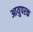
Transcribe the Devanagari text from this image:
आयुपरक